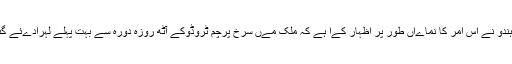
اخبار © ہندو نے اس امر کا نماےاں طور پر اظہار کےا ہے کہ ملک مےں سرخ پرچم ٹروڈوکے آٹھ روزہ دورہ سے بہت پہلے لہرادےئے گئے تھے۔